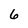
Character: 6